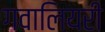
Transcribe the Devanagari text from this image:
गवालियरी